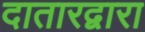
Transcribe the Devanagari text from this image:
दातारद्वारा